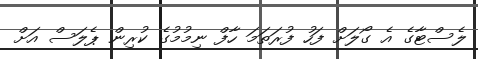
ލެސްޓާގެ އެ ގޯލަށް ފަހު ފުރަތަމަ ހާފް ނިމުމުގެ ކުރިން ޕެލަސް އަށް